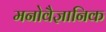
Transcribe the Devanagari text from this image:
मनाेवैज्ञानिक